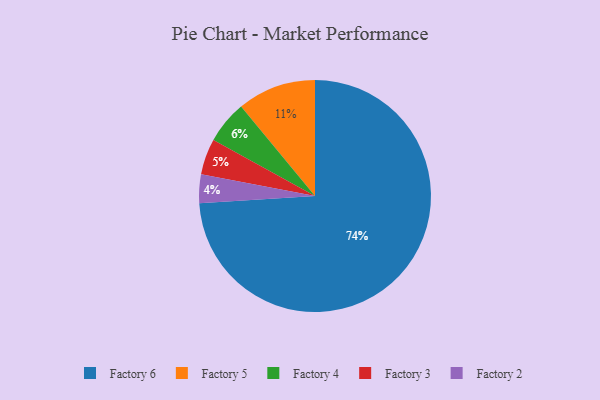
{"axis": {"x": "Category", "y": "Percentage"}, "legend": ["Factory 2", "Factory 3", "Factory 4", "Factory 5", "Factory 6"], "data": [{"x": "Factory 2", "y": 4, "type": "Factory 2"}, {"x": "Factory 6", "y": 74, "type": "Factory 6"}, {"x": "Factory 3", "y": 5, "type": "Factory 3"}, {"x": "Factory 4", "y": 6, "type": "Factory 4"}, {"x": "Factory 5", "y": 11, "type": "Factory 5"}]}